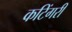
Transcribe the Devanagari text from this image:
कटिंगरी